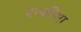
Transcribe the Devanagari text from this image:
एस्क्रीमा